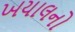
ખયાલનો